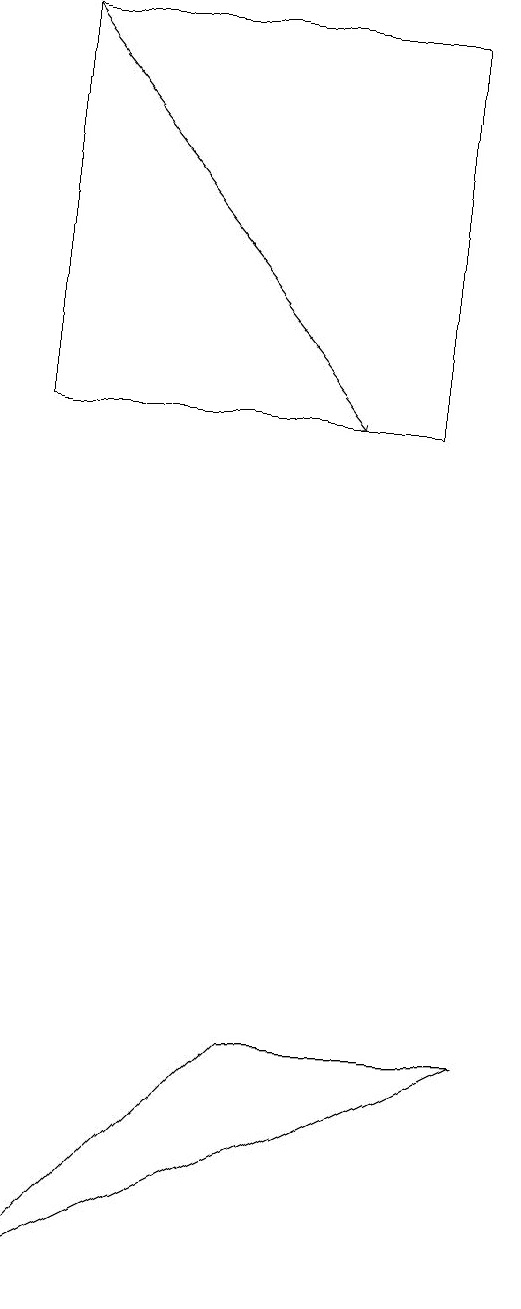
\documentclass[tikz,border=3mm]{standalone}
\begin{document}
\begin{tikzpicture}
\draw[->] (3,17) -- (7,12);
\draw (9,4) -- (6,4) -- (3,1) -- cycle;
\draw (3,12) rectangle (8,17);
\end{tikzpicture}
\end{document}